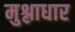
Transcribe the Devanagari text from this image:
मुश्लाधार